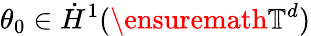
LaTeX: \theta_{0}\in\dot{H}^{1}(\ensuremath{\mathbb{T}}^{d})